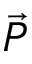
\vec { P }